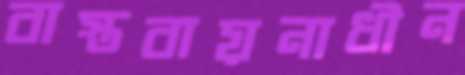
বাস্তবায়নাধীন